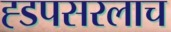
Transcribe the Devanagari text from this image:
ह्डपसरलाच